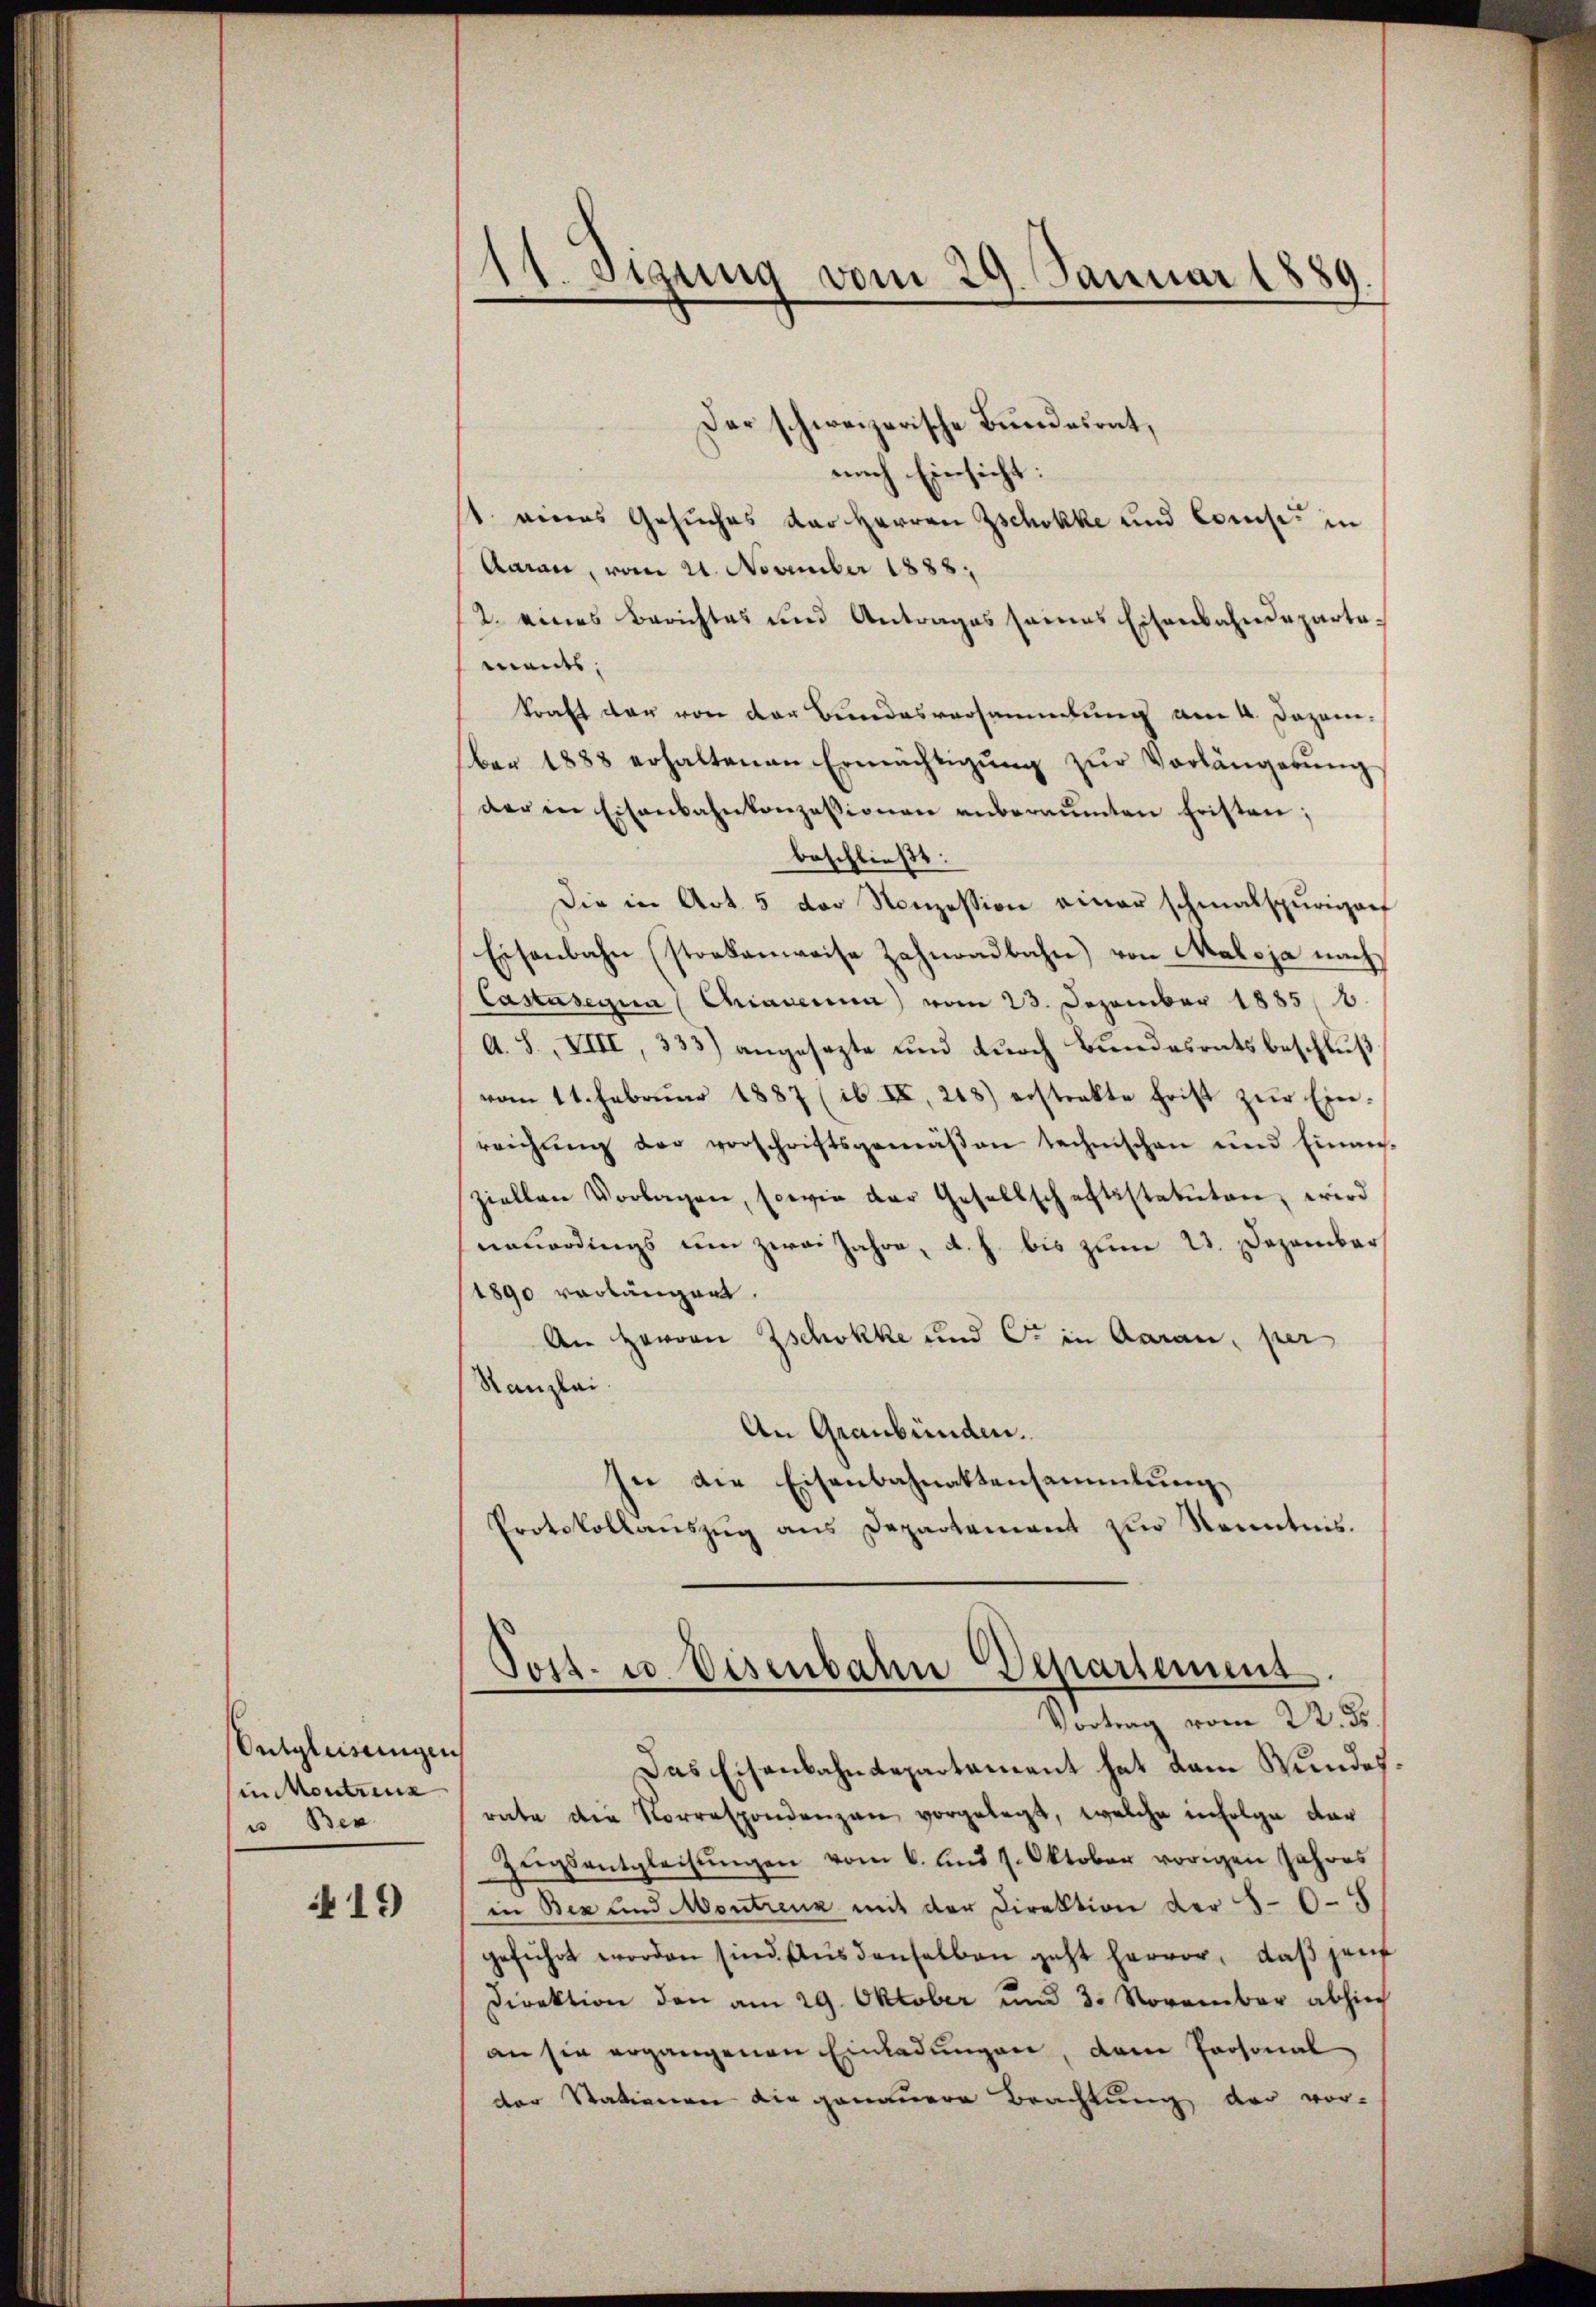
Entgleitungen
in Montrenn
u Ben

419

Der schweizerische Bundesrat,
nach Einsicht:
1. eines Gesuches der Herren Zschokke und Comise in
Aarau, vom 21. November 1888.
2. eines Berichtes und Antrages seines Eisenbahndeparta-
ments,
kraft der von der Bundesversammlung am 4. Dezem-
ber 1888 erhaltenen Ermächtigŭng zŭr Vorlängerŭng
der in Eisenbahnkonzessionen anberaŭmten Fristen;
beschließt:
Die in Art. 5 der Konzession einer schmalspurigorf
Eisenbahn (stockenweise Zahnadbahn) von Maloja nach
Castasegua (Chiaverna) vom 23. Dezember 1885, 6.
A. S., XIII, 333) angesezte und durch Bundesratsbeschluß
vom 11. Februar 1887 (ib II, 248) erstrakte Frist zŭr Einreichung der vorschriftsgemäßen technischen und Einanziellen Vorlagen, sowie der Gesellschaftsstatuten, wird
neuerdings um zwei Jahre, d. h. bis zum 23. Dezember
1890 vorlängert.
An Herrn Zschokke und C. in Aarau, per
Kanzlei.
An Graubünden.
In die Eisenbahnaktensammlung
Protokollanszŭg ans Departement zŭr Kenntnis.

11. Sizung vom 29. Januar 1889.

Post- u. Eisenbahn Departement
Vortrag vom 22. ds.

Das Eisenbahndepartement hat dem Wundesrate die Korrespondenzen vorgelegt, welche infolge dar
Zugsentgleitungen vom 6. und 1. Oktober vorigen Jahres
in Bex und Montreuz mit der Direktion der 50. 4
geführt worden sind. Aŭs denselben geht hervor, daβ jen
Direktion den am 29. Oktober und 3. November abhin
an sie ergangenen Einladungen, dem Personal
der Stationen die genauere Beachtung der vor-